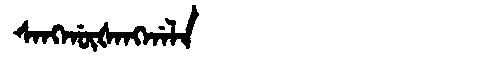
Manchu: ᠰᠠᠩᡤᡡᡧᠠᠩᡤᠠᠯᠠ
Romanization: SANGGŪŠANGGALA